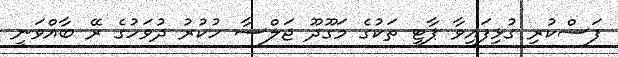
ފަސްކުރި ގުޅިފައިވާ ޕާޓީ ތަކުގެ މަގޫދޫ ޖަލްސާ ހުކުރު ދުވަހުގެ ރޭ ބާއްވަނީ